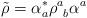
LaTeX: \begin{align*}\tilde{\rho} = \alpha^*_a \rho^a_{\;\;b} \alpha^a\end{align*}